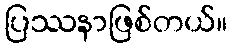
ပြဿနာဖြစ်တယ်။